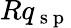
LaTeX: Rq_{\mathrm{~s~p~}}